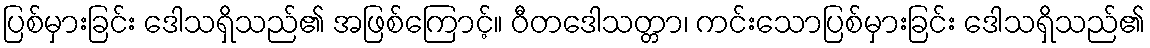
ပြစ်မှားခြင်း ဒေါသရှိသည်၏ အဖြစ်ကြောင့်။ ဝီတဒေါသတ္တာ၊ ကင်းသောပြစ်မှားခြင်း ဒေါသရှိသည်၏